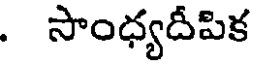
. సాంధ్యదీపిక